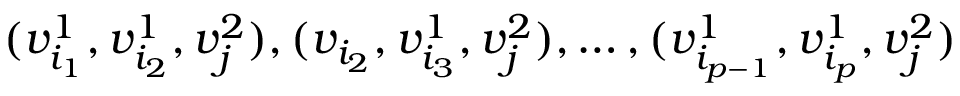
( v _ { i _ { 1 } } ^ { 1 } , v _ { i _ { 2 } } ^ { 1 } , v _ { j } ^ { 2 } ) , ( v _ { i _ { 2 } } , v _ { i _ { 3 } } ^ { 1 } , v _ { j } ^ { 2 } ) , \ldots , ( v _ { i _ { p - 1 } } ^ { 1 } , v _ { i _ { p } } ^ { 1 } , v _ { j } ^ { 2 } )